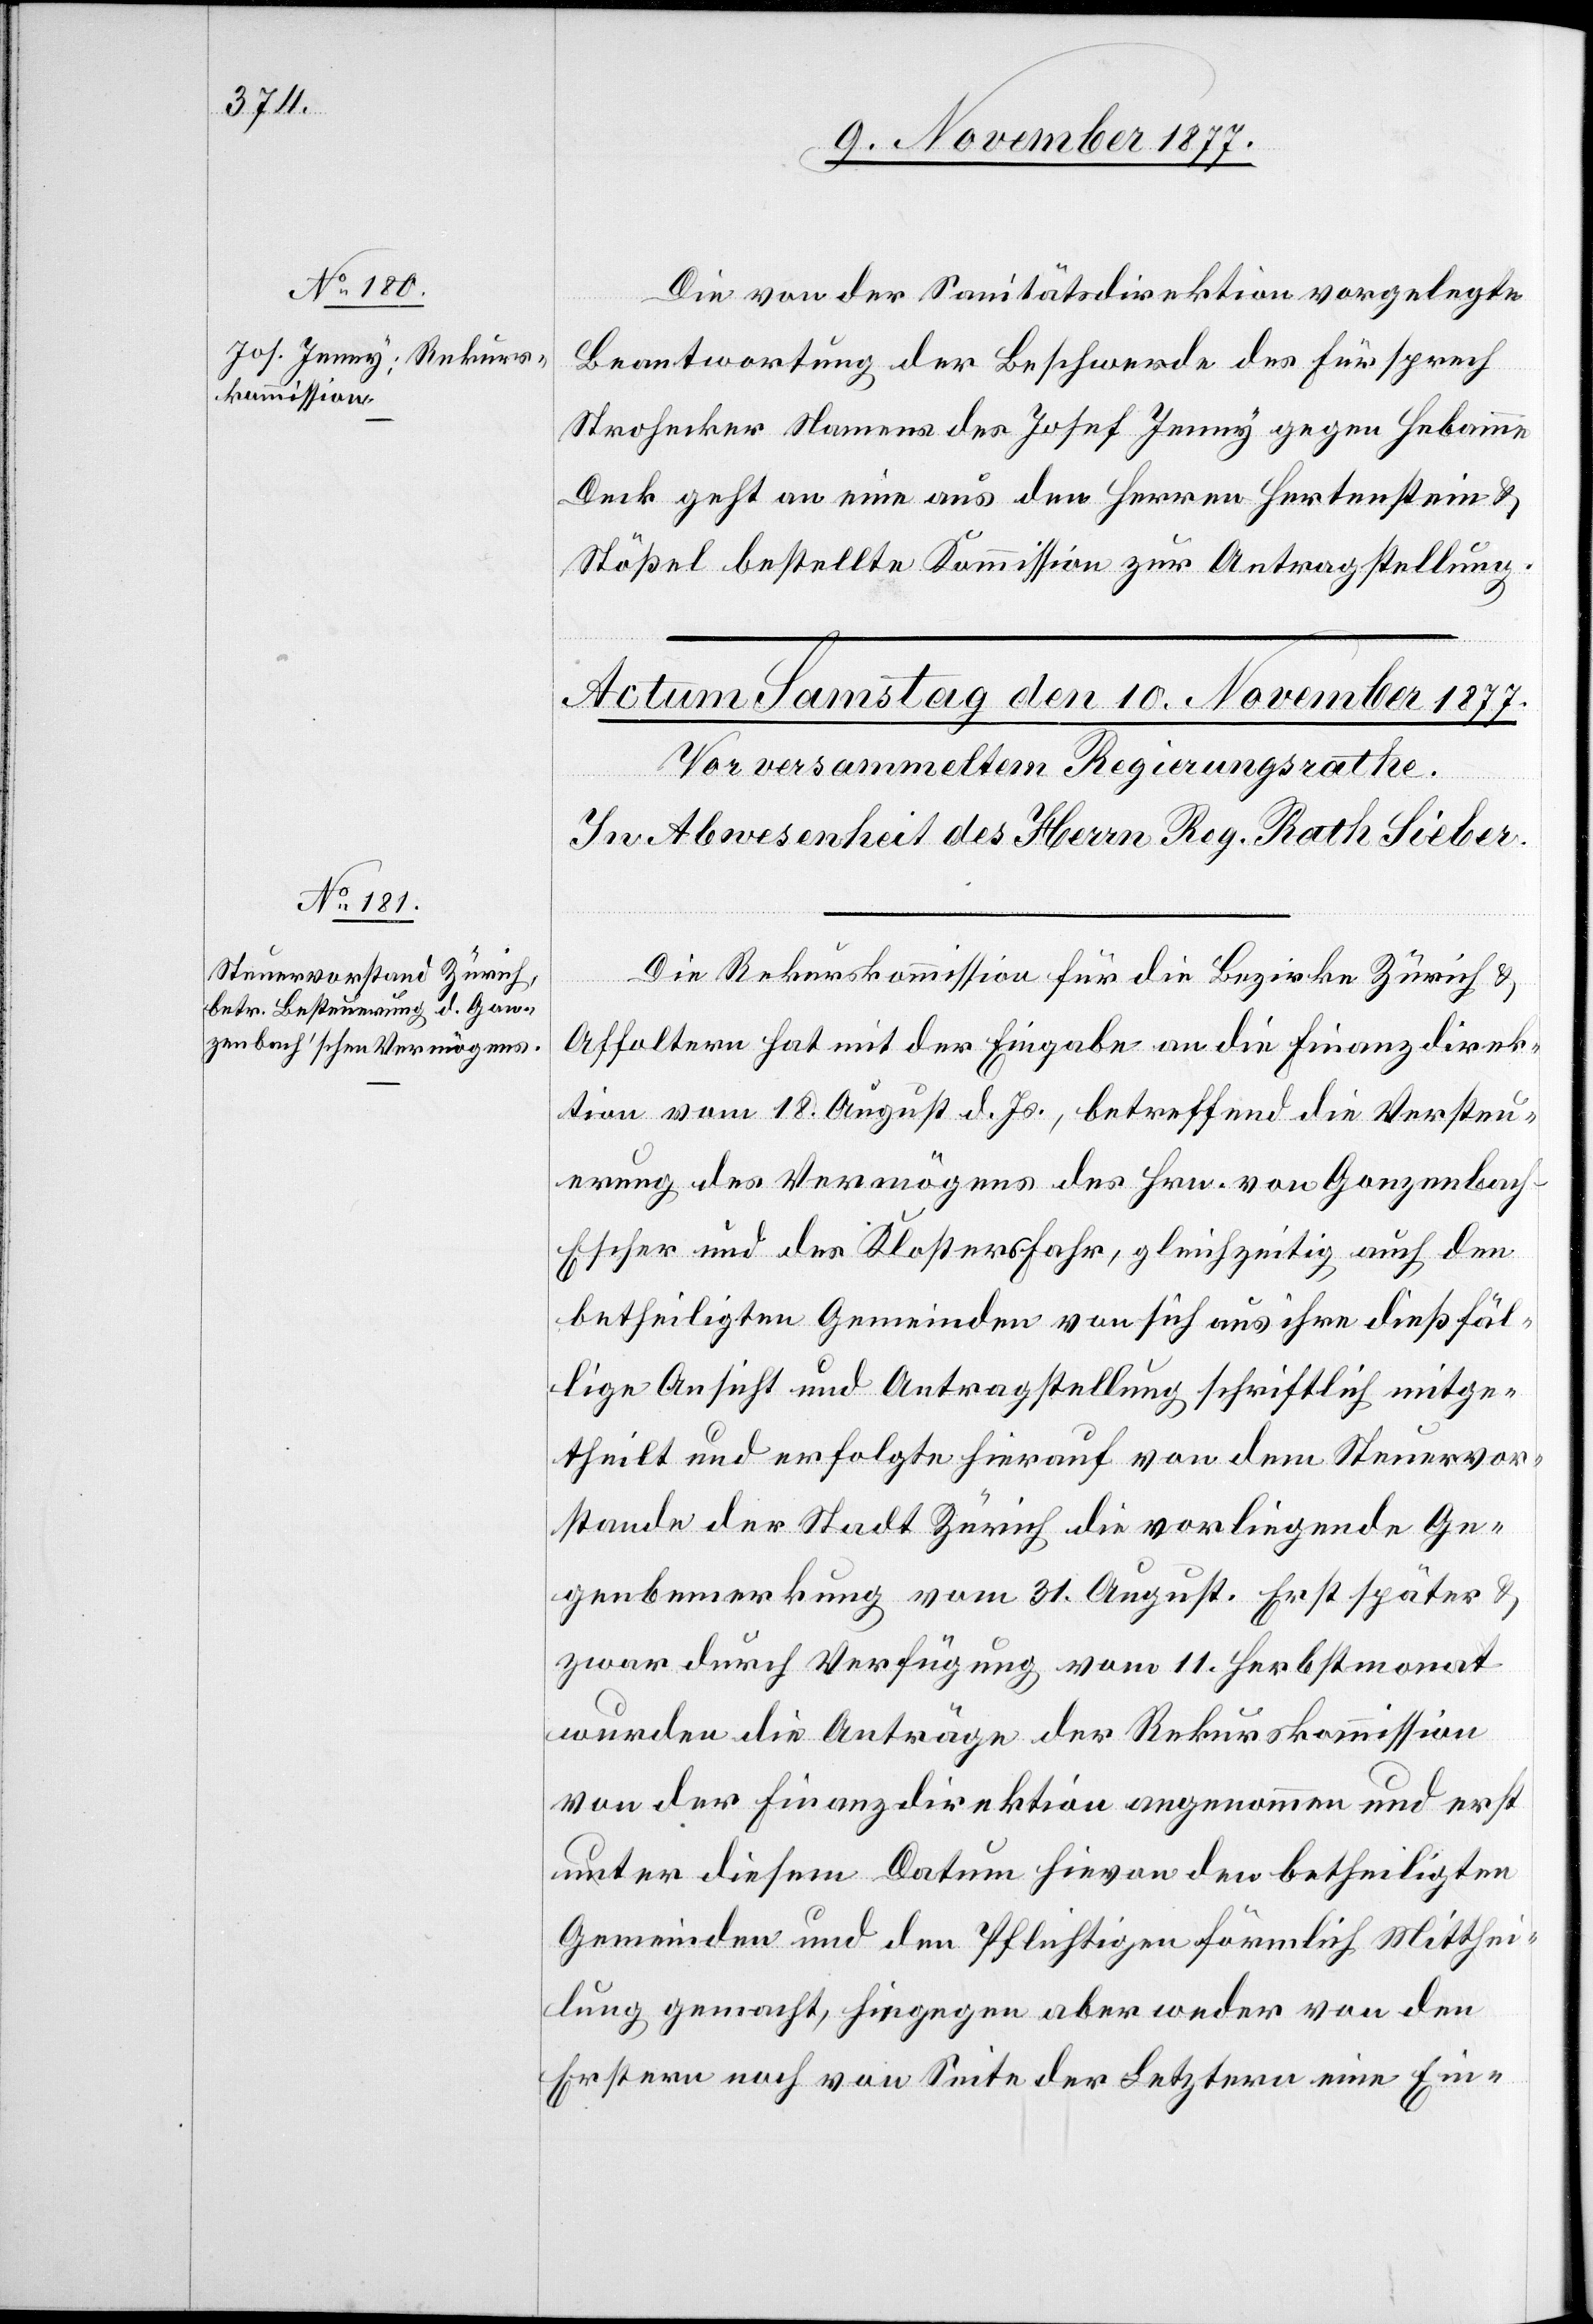
Die von der Sanitätsdirektion vorgelegte
Beantwortung der Beschwerde des Fürsprech
Strohecker Namens des Josef Jenny gegen Hebamme
Deck geht an eine aus den Herren Hertenstein &
Stößel bestellte Kommission zur Antragstellung.
Die Rekurskommission für die Bezirke Zürich &
Affoltern hat mit der Eingabe an die Finanzdirek¬
tion vom 18. August d. Js., betreffend die Versteu¬
erung des Vermögens des Hrn. von Gonzenbac¬
h-Escher und des Klosters Fahr, gleichzeitig auch den
betheiligten Gemeinden von sich aus ihre dießfäl¬
lige Ansicht und Antragstellung schriftlich mitge¬
theilt und erfolgte hierauf von dem Steuervor¬
stande der Stadt Zürich die vorliegende Ge¬
genbemerkung vom 31. August. Erst später &
zwar durch Verfügung vom 11. Herbstmonat
wurden die Anträge der Rekurskommission
von der Finanzdirektion angenommen und erst
unter diesem Datum hievon den betheiligten
Gemeinden und den Pflichtigen förmlich Mitthei¬
lung gemacht, hingegen aber weder von den
Erstern noch von Seite der Letztern eine Ein-